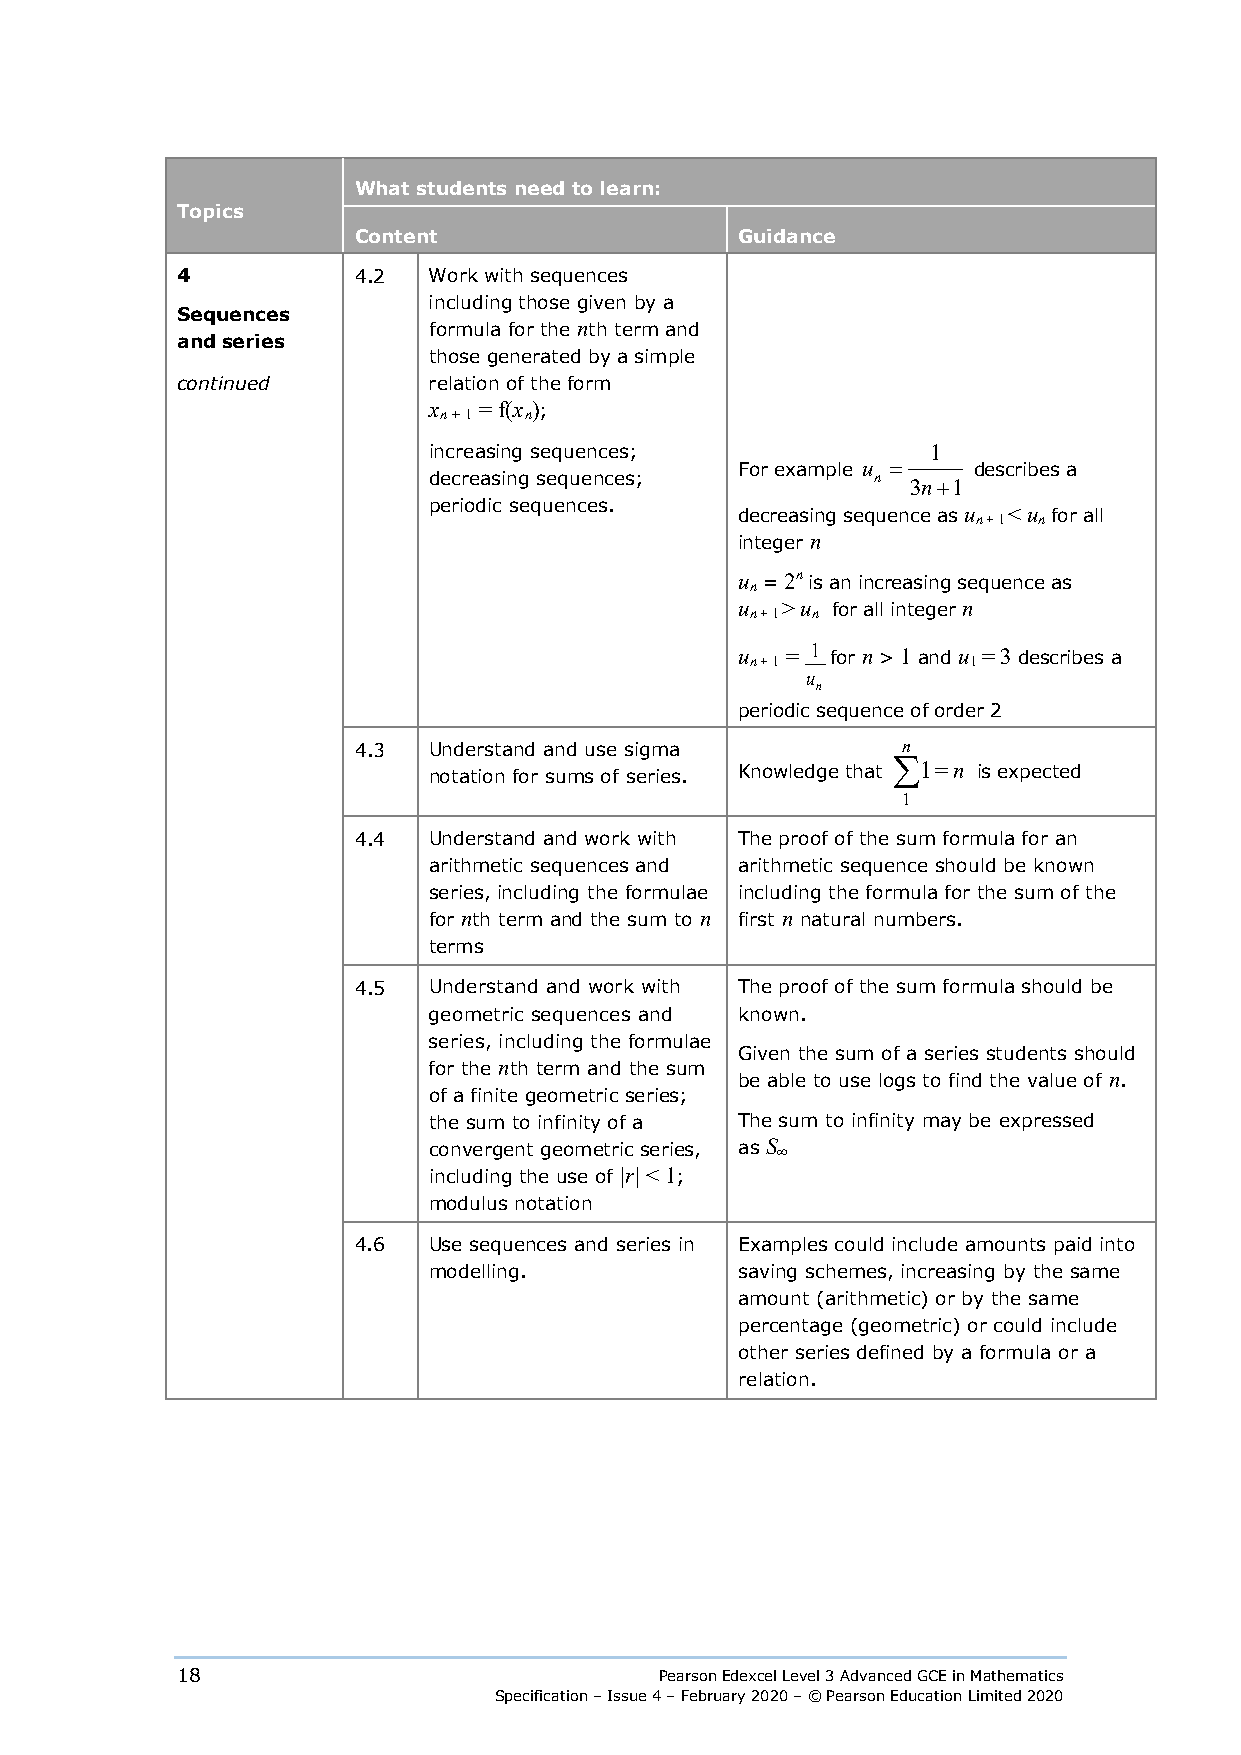
What students need to learn:
 Topics
 Content                   Guidance
 4          4.2  Work with sequences
 including those given by a
 Sequences
 formula for the nth term and
 and series
 those generated by a simple
 continued       relation of the form
 x
 n + 1
 = f(x n);
 increasing sequences;             1
 For example u = describes a
 decreasing sequences;         n 3n+1
 periodic sequences.
 decreasing sequence as u n + 1 < u n for all
 integer n
 u n = 2n is an increasing sequence as
 u n + 1 > u n for all integer n
 u n + 1 = 1 for n > 1 and u 1 = 3 describes a
 u
 n
 periodic sequence of order 2
 4.3  Understand and use sigma        n
 notation for sums of series. Knowledge that
 ∑1=
 n is expected
 1
 4.4  Understand and work with The proof of the sum formula for an
 arithmetic sequences and arithmetic sequence should be known
 series, including the formulae including the formula for the sum of the
 for nth term and the sum to n first n natural numbers.
 terms
 4.5  Understand and work with The proof of the sum formula should be
 geometric sequences and known.
 series, including the formulae
 Given the sum of a series students should
 for the nth term and the sum
 be able to use logs to find the value of n.
 of a finite geometric series;
 the sum to infinity of a The sum to infinity may be expressed
 convergent geometric series, as S ∞
 including the use of |r| < 1;
 modulus notation
 4.6  Use sequences and series in Examples could include amounts paid into
 modelling.           saving schemes, increasing by the same
 amount (arithmetic) or by the same
 percentage (geometric) or could include
 other series defined by a formula or a
 relation.
 18                              Pearson Edexcel Level 3 Advanced GCE in Mathematics
 Specification – Issue 4 – February 2020 – © Pearson Education Limited 2020